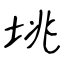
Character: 垗